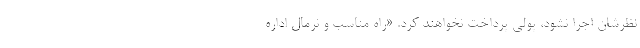
نظرشان اجرا نشود، پولی پرداخت نخواهند کرد. «راه مناسب و نرمال اداره